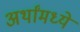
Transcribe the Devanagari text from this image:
अर्थांमध्ये